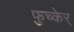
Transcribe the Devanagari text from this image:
फुच्केर्